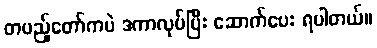
တပည့်တော်ကပဲ ဒကာလုပ်ပြီး ဆောက်ပေး ရပါတယ်။